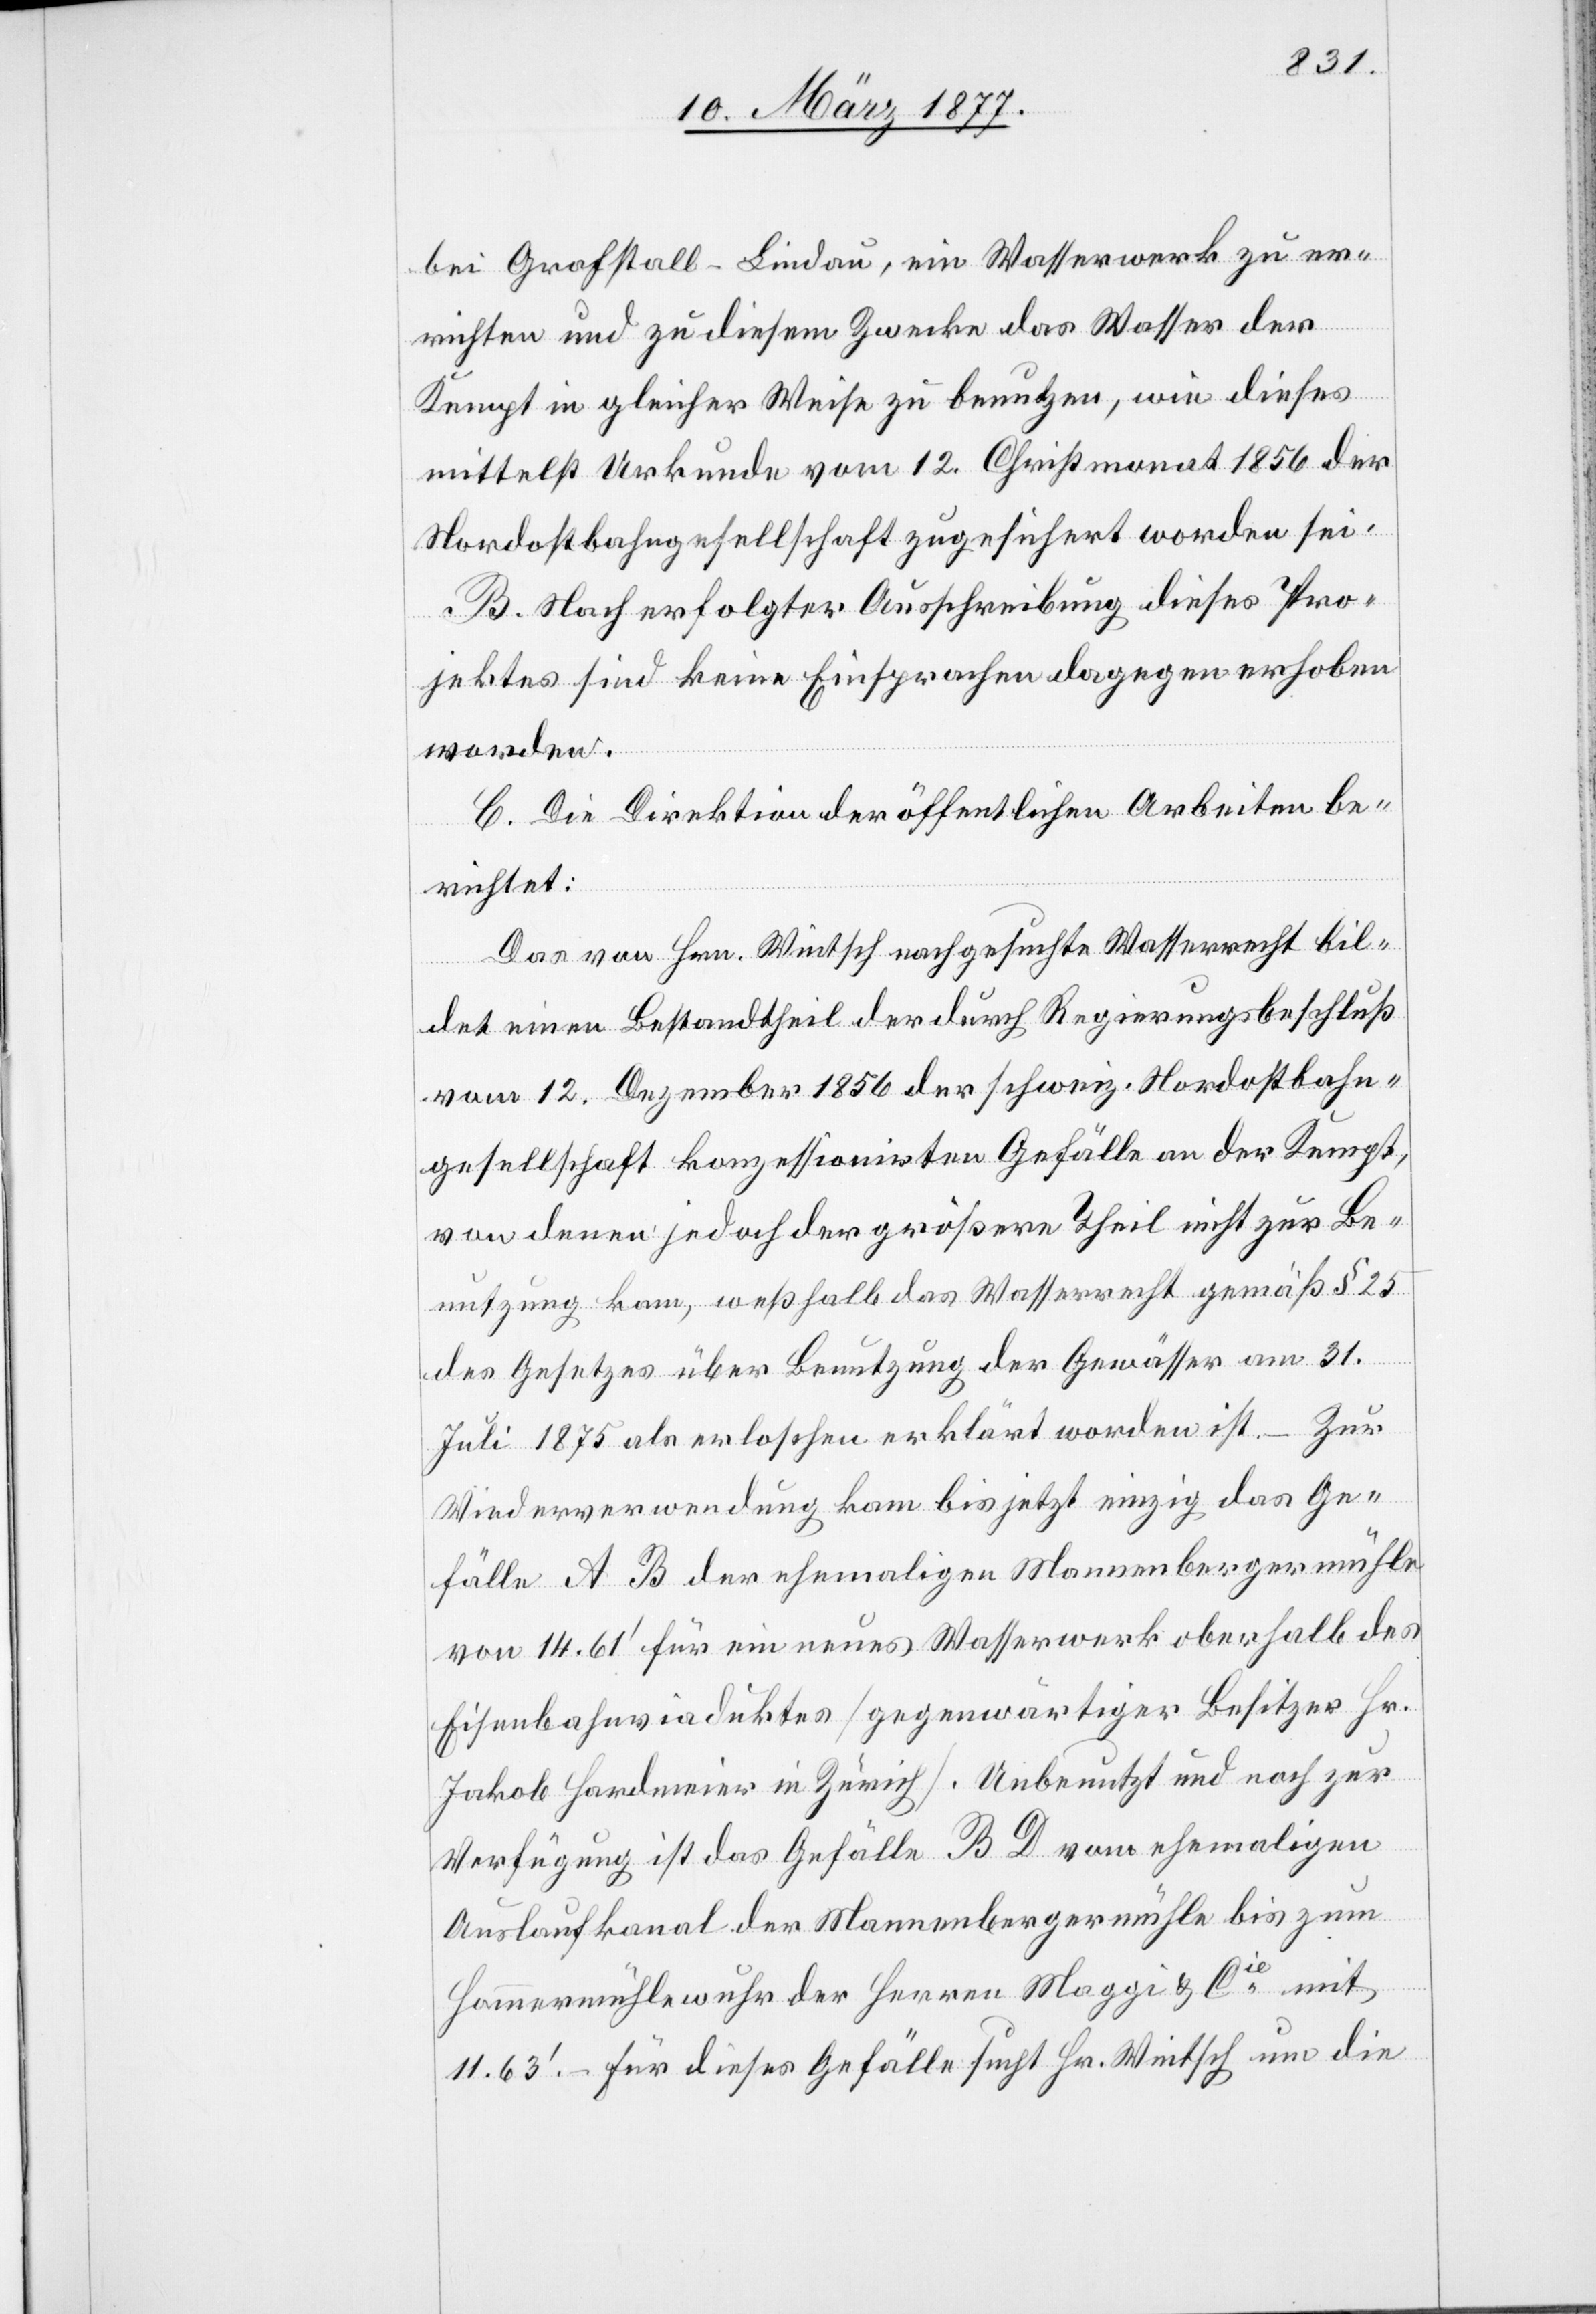
bei Grafstall - Lindau, ein Wasserwerk zu er¬
richten und zu diesem Zwecke das Wasser der
Kempt in gleicher Weise zu benutzen, wie dieses
mittelst Urkunde vom 12. Christmonat 1856 der
Nordostbahngesellschaft zugesichert worden sei.
B. Nach erfolgter Ausschreibung dieses Pro¬
jektes sind keine Einsprachen dagegen erhoben
worden.
C. Die Direktion der öffentlichen Arbeiten be¬
richtet:
Das von Hrn. Wintsch nachgesuchte Wasserrecht bil¬
det einen Bestandtheil der durch Regierungsbeschluß
vom 12. Dezember 1856 der schweiz. Nordostbahn¬
gesellschaft konzessionirten Gefälle an der Kempt,
von denen jedoch der größere Theil nicht zur Be¬
nutzung kam, weßhalb das Wasserrecht gemäß § 25
des Gesetzes über Benutzung der Gewässer am 31.
Juli 1875 als erloschen erklärt worden ist. – Zur
Wiederverwendung kam bis jetzt einzig das Ge¬
fälle AB der ehemaligen Mannenbergermühle
von 14.61’ für ein neues Wasserwerk oberhalb des
Eisenbahnviaduktes [gegenwärtiger Besitzer Hr.
Jakob Hardmeier in Zürich]. Unbenutzt und noch zur
Verfügung ist das Gefälle BD vom ehemaligen
Auslaufkanal der Mannenbergermühle bis zum
Hammermühlewuhr der Herren Maggi & Cie mit
11.63’. – Für dieses Gefälle sucht Hr. Wintsch um die